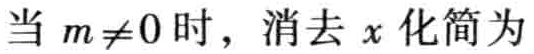
当 \(m\neq0\) 时，消去 \(x\) 化简为